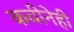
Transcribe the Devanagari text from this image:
कवीनेही